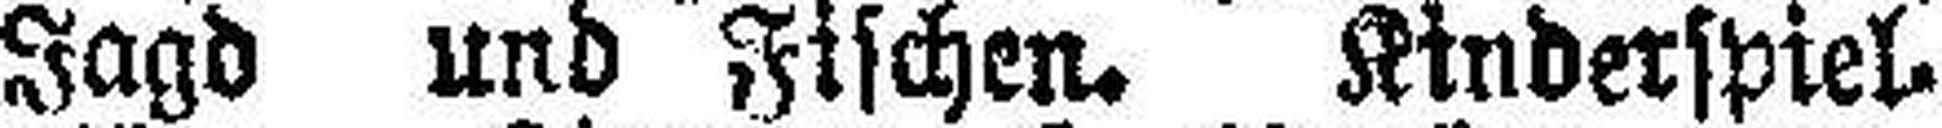
Jagd und Fischen. Kinderspiel¬